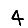
Digit: 4